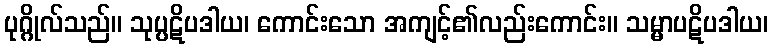
ပုဂ္ဂိုလ်သည်။ သုပ္ပဋိပဒါယ၊ ကောင်းသော အကျင့်၏လည်းကောင်း။ သမ္မာပဋိပဒါယ၊